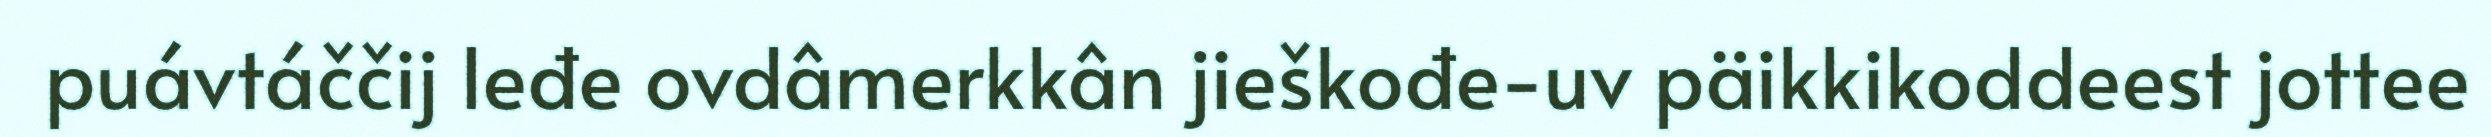
puávtáččij leđe ovdâmerkkân jieškođe-uv päikkikoddeest jottee